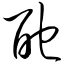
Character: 酏